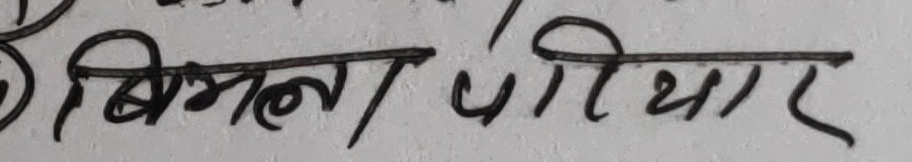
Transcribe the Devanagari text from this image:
बिमला परीयार